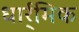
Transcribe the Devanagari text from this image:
धार्र्मिक